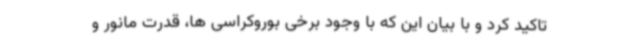
تاکید کرد و با بیان این که با وجود برخی بوروکراسی ها، قدرت مانور و